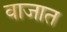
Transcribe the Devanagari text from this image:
वाजात